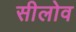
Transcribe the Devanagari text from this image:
सीलोव